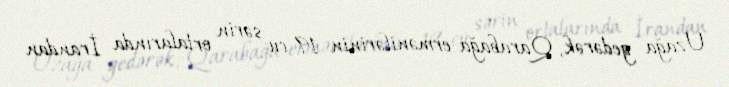
Uzağa gedərək, Qarabağa ermənilərinin 19-cu sərin ortalarında İrandan